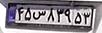
۴۵س۸۳۹۵۳